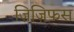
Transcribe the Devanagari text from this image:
ज़िज़िफस